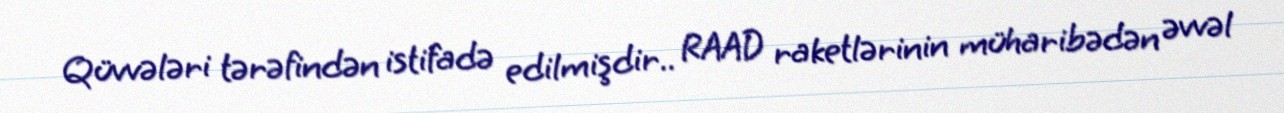
Qüvvələri tərəfindən istifadə edilmişdir.. RAAD raketlərinin müharibədən əvvəl